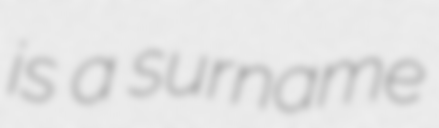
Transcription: is a surname